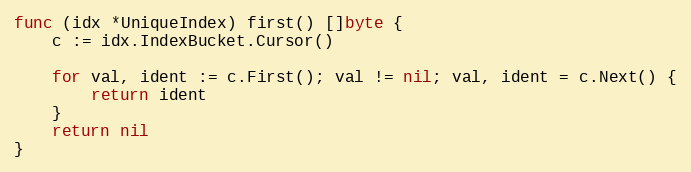
Language: Go
func (idx *UniqueIndex) first() []byte {
	c := idx.IndexBucket.Cursor()

	for val, ident := c.First(); val != nil; val, ident = c.Next() {
		return ident
	}
	return nil
}